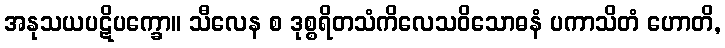
အနုသယပဋိပက္ခော။ သီလေန စ ဒုစ္စရိတသံကိလေသဝိသောဓနံ ပကာသိတံ ဟောတိ,